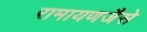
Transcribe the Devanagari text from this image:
रामायणजैसे